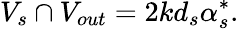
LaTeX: V_{s}\cap V_{out}=2kd_{s}\alpha_{s}^{*}.